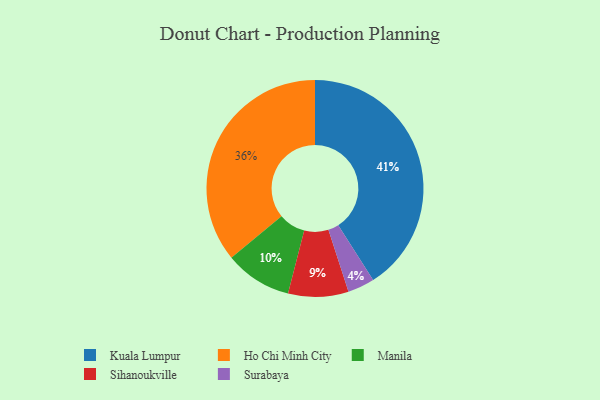
{"axis": {"x": "Category", "y": "Percentage"}, "legend": ["Ho Chi Minh City", "Kuala Lumpur", "Manila", "Sihanoukville", "Surabaya"], "data": [{"x": "Ho Chi Minh City", "y": 36, "type": "Ho Chi Minh City"}, {"x": "Manila", "y": 10, "type": "Manila"}, {"x": "Surabaya", "y": 4, "type": "Surabaya"}, {"x": "Kuala Lumpur", "y": 41, "type": "Kuala Lumpur"}, {"x": "Sihanoukville", "y": 9, "type": "Sihanoukville"}]}